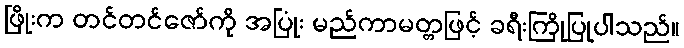
ဖြိုးက တင်တင်ဇော်ကို အပြုံး မည်ကာမတ္တဖြင့် ခရီးကြိုပြုပါသည်။